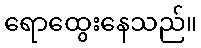
ရောထွေးနေသည်။